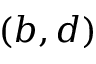
( b , d )